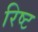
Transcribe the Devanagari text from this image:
रिष्ट